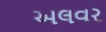
અલવર